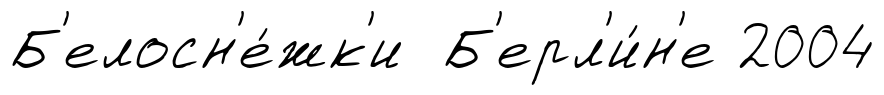
Б'елосн'е́жк'и Б'ерл'и́н'е 2004